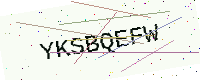
Text: YKSBQEFW